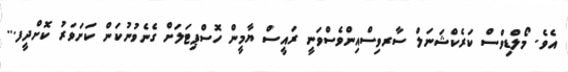
އެވެ. މޯލްޑިވްސް ކަރެކްޝަނަލް ސާރވިސްއިންވެސްވަނީ ރައީސް ޔާމީން ހޮސްޕިޓަލަށް ގެނެވުނުކަން ކަށަވަރު ކޮށްދީފ...